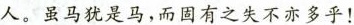
人。虽马犹是马，而固有之失不亦多乎！